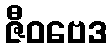
ဇီဝဗေဒ